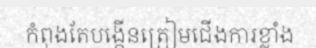
កំពុងតែបង្កើនត្រៀមជើងការខ្លាំង